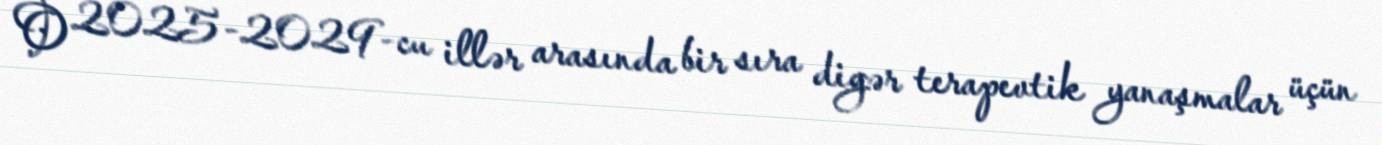
O 2025-2029-cu illər arasında bir sıra digər terapevtik yanaşmalar üçün